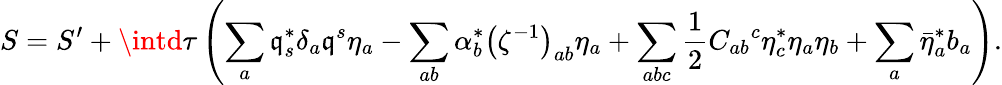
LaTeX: S=S^{\prime}+\intd\tau\left(\sum_{a}\mathfrak{q}_{s}^{*}\delta_{a}\mathfrak{q}^{s}\eta_{a}-\sum_{ab}\alpha_{b}^{*}\left(\zeta^{-1}\right)_{ab}\eta_{a}+\sum_{abc}\frac{{1}}{{2}}C_{ab}{}^{c}\eta_{c}^{*}\eta_{a}\eta_{b}+\sum_{a}\bar{{\eta}}_{a}^{*}b_{a}\right).